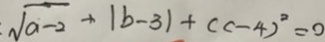
: \sqrt { a - 2 } + \vert b - 3 \vert + ( c - 4 ) ^ { 2 } = 0